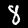
Label: 8